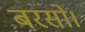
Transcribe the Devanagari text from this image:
बरसो।